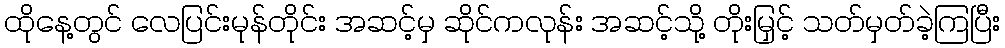
ထိုနေ့တွင် လေပြင်းမုန်တိုင်း အဆင့်မှ ဆိုင်ကလုန်း အဆင့်သို့ တိုးမြှင့် သတ်မှတ်ခဲ့ကြပြီး